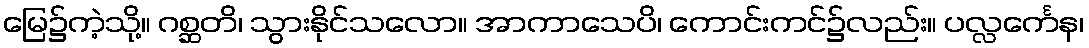
မြေ၌ကဲ့သို့။ ဂစ္ဆတိ၊ သွားနိုင်သလော။ အာကာသေပိ၊ ကောင်းကင်၌လည်း။ ပလ္လင်္ကေန၊